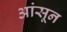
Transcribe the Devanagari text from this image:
आंसून